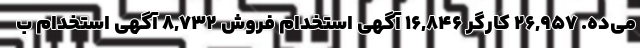
می‌ده. 26,957 کارگر 16,846 آگهی استخدام فروش 8,732 آگهی استخدام ب